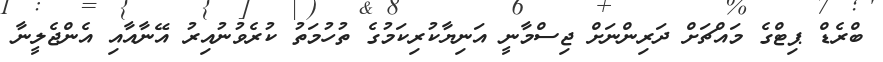
ބްރެޑް ޕިޓްގެ މައްޗަށް ދަރިންނަށް ޖިސްމާނީ އަނިޔާކުރިކަމުގެ ތުހުމަތު ކުރެވުނުއިރު އޭނާއާއި އެންޖެލީނާ